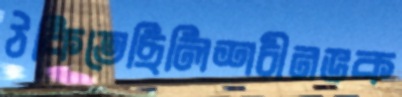
ঠকিতেছিলিশচীনভক